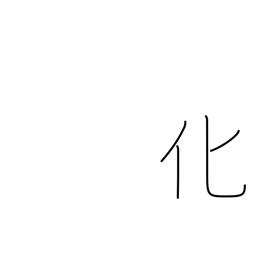
Meaning: influence